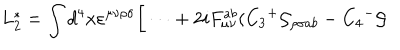
LaTeX: L _ { 2 } ^ { * } = \int d ^ { 4 } x \varepsilon ^ { \mu \nu \rho \sigma } \bigg [ \dots + 2 i F _ { \mu \nu } ^ { a b } ( C _ { 3 } { ^ + } { \cal G } _ { \rho \sigma a b } - C _ { 4 } { ^ - } { \cal G }